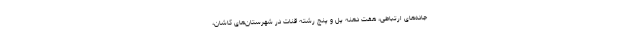
جاده‌های ارتباطی، هفت دهنه پل و پنج رشته قنات در شهرستان‌های کاشان،